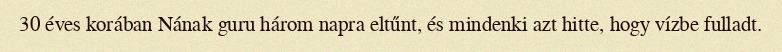
30 éves korában Nának guru három napra eltűnt, és mindenki azt hitte, hogy vízbe fulladt.